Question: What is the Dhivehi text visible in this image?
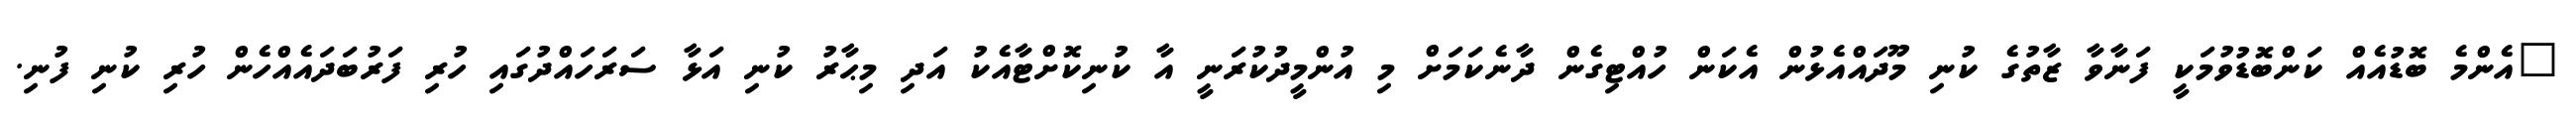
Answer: "އެންމެ ބޮޑުއެއް ކަންބޮޑުވުމަކީ ފަނާވާ ޒާތުގެ ކުނި މޫދައްއެޅުން އެކަން ހުއްޓިގެން ދާނެކަމަށް މި އުންމީދުކުރަނީ އާ ކުނިކޮށްޓާއެކު އަދި މިޙާރު ކުނި އަޅާ ސަރަހައްދުގައި ހުރި ފަރުބަދައެއްހެން ހުރި ކުނި ފުނި.